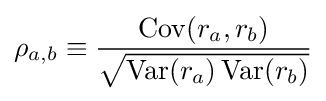
\rho _{a,b}\equiv {\frac {\operatorname {Cov} (r_{a},r_{b})}{\sqrt {\operatorname {Var} (r_{a})\operatorname {Var} (r_{b})}}}